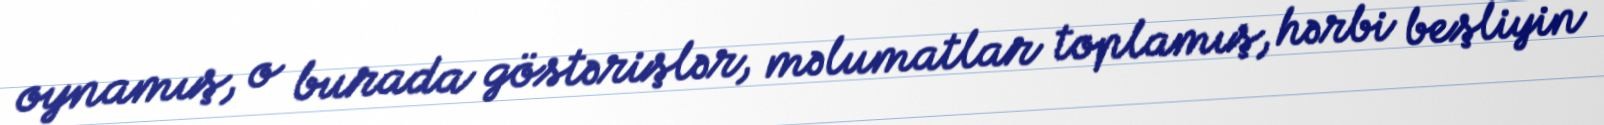
oynamış, o burada göstərişlər, məlumatlar toplamış, hərbi beşliyin